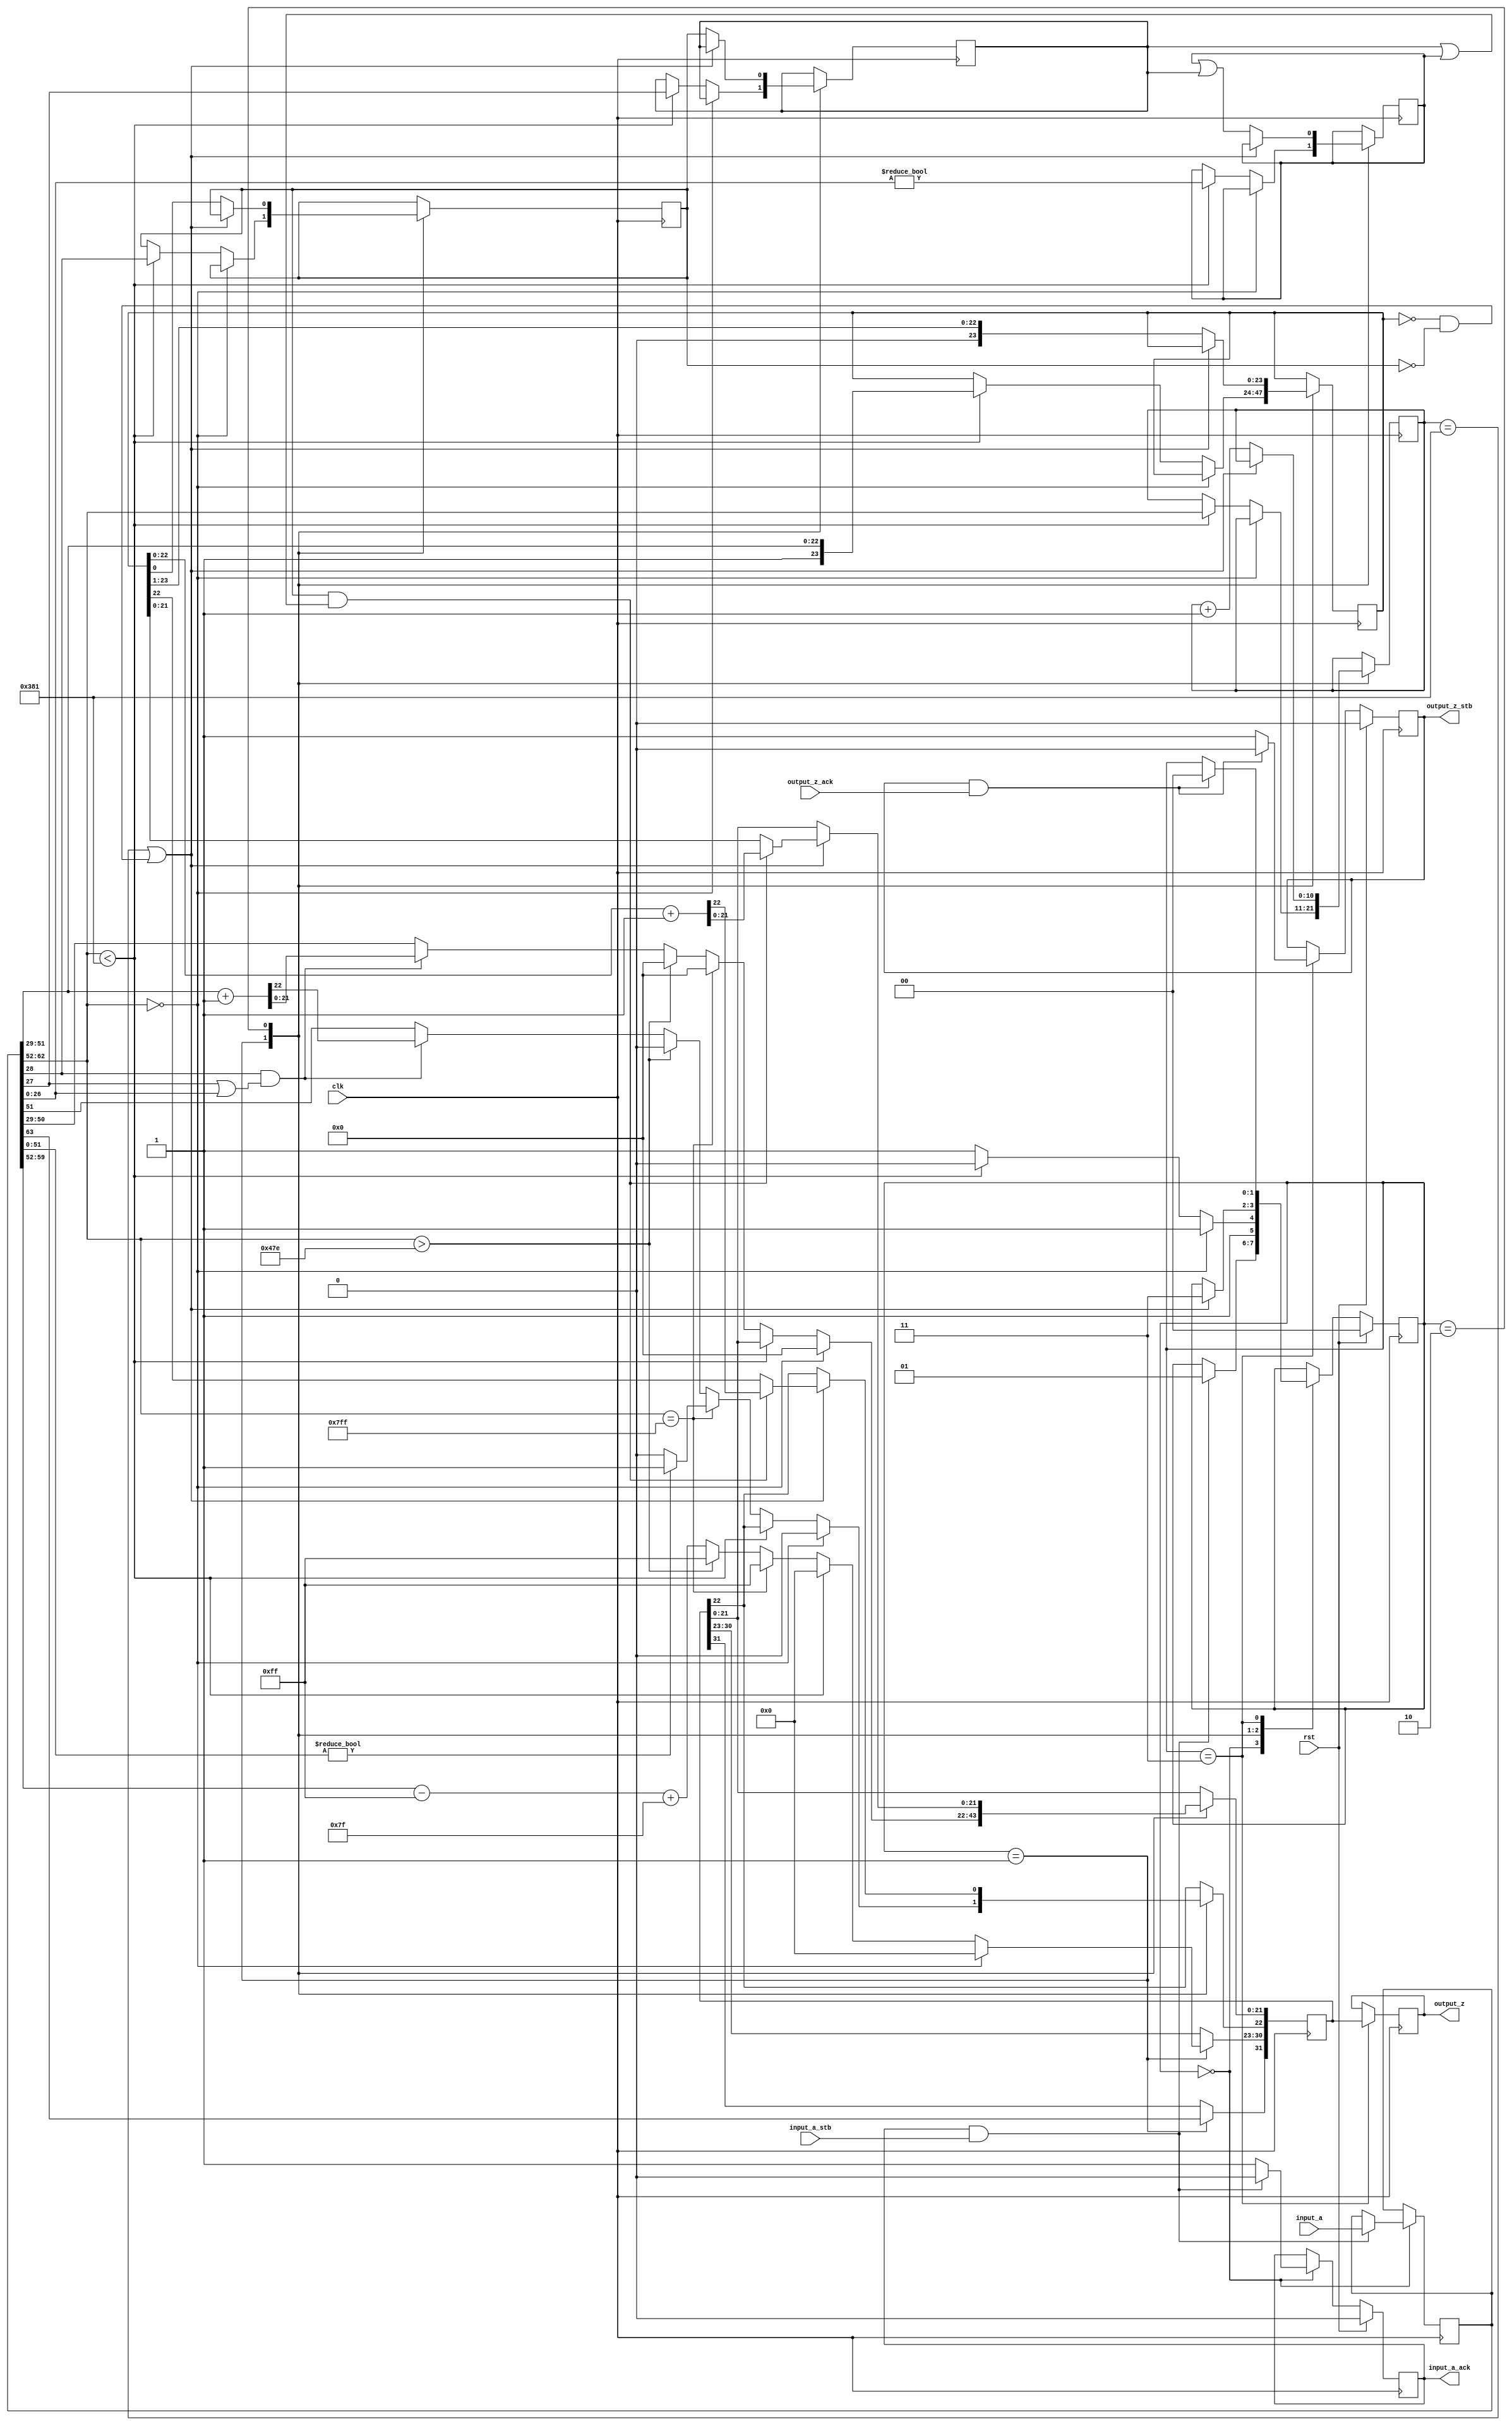
//IEEE Floating Point to Integer Converter (Double Precision)
//Copyright (C) Jonathan P Dawson 2014
//2014-01-11
module double_to_float(
        input_a,
        input_a_stb,
        output_z_ack,
        clk,
        rst,
        output_z,
        output_z_stb,
        input_a_ack);

  input     clk;
  input     rst;

  input     [63:0] input_a;
  input     input_a_stb;
  output    input_a_ack;

  output    [31:0] output_z;
  output    output_z_stb;
  input     output_z_ack;

  reg       s_output_z_stb;
  reg       [31:0] s_output_z;
  reg       s_input_a_ack;

  reg       [1:0] state;
  parameter get_a         = 3'd0,
            unpack        = 3'd1,
            denormalise   = 3'd2,
            put_z         = 3'd3;

  reg [63:0] a;
  reg [31:0] z;
  reg [10:0] z_e;
  reg [23:0] z_m;
  reg guard;
  reg round;
  reg sticky;

  always @(posedge clk)
  begin

    case(state)

      get_a:
      begin
        s_input_a_ack <= 1;
        if (s_input_a_ack && input_a_stb) begin
          a <= input_a;
          s_input_a_ack <= 0;
          state <= unpack;
        end
      end

      unpack:
      begin
        z[31] <= a[63];
        state <= put_z;
        if (a[62:52] == 0) begin
            z[30:23] <= 0;
            z[22:0] <= 0;
        end else if (a[62:52] < 897) begin
            z[30:23] <= 0;
            z_m <= {1'd1, a[51:29]};
            z_e <= a[62:52];
            guard <= a[28];
            round <= a[27];
            sticky <= a[26:0] != 0;
            state <= denormalise;
        end else if (a[62:52] == 2047) begin
            z[30:23] <= 255;
            z[22:0] <= 0;
            if (a[51:0]) begin
                z[22] <= 1;
            end
        end else if (a[62:52] > 1150) begin
            z[30:23] <= 255;
            z[22:0] <= 0;
        end else begin
            z[30:23] <= (a[62:52] - 1023) + 127;
            if (a[28] && (a[27] || a[26:0])) begin
                z[22:0] <= a[51:29] + 1;
            end else begin
                z[22:0] <= a[51:29];
            end
        end
      end

      denormalise:
      begin
        if (z_e == 897 || (z_m == 0 && guard == 0)) begin
            state <= put_z;
            z[22:0] <= z_m;
            if (guard && (round || sticky)) begin
                z[22:0] <= z_m + 1;
            end
        end else begin
            z_e <= z_e + 1;
            z_m <= {1'd0, z_m[23:1]};
            guard <= z_m[0];
            round <= guard;
            sticky <= sticky | round;
        end
      end

      put_z:
      begin
        s_output_z_stb <= 1;
        s_output_z <= z;
        if (s_output_z_stb && output_z_ack) begin
          s_output_z_stb <= 0;
          state <= get_a;
        end
      end

    endcase

    if (rst == 1) begin
      state <= get_a;
      s_input_a_ack <= 0;
      s_output_z_stb <= 0;
    end

  end
  assign input_a_ack = s_input_a_ack;
  assign output_z_stb = s_output_z_stb;
  assign output_z = s_output_z;

endmodule